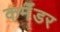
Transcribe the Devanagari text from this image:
कमॅंडर